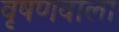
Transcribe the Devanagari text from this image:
वृषणवाला